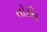
તોહીદ